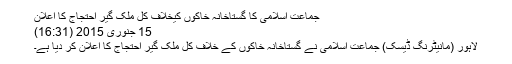
جماعت اسلامی کا گستاخانہ خاکوں کیخلاف کل ملک گیر احتجاج کا اعلان
15 جنوری 2015 (16:31)
لاہور (مانیٹرنگ ڈیسک) جماعت اسلامی نے گستاخانہ خاکوں کے خلاف کل ملک گیر احتجاج کا اعلان کر دیا ہے۔